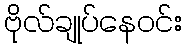
ဗိုလ်ချုပ်နေဝင်း